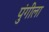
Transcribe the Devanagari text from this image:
पुंगीला